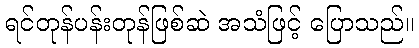
ရင်တုန်ပန်းတုန်ဖြစ်ဆဲ အသံဖြင့် ပြောသည်။